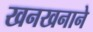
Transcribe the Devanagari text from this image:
खनखनाने